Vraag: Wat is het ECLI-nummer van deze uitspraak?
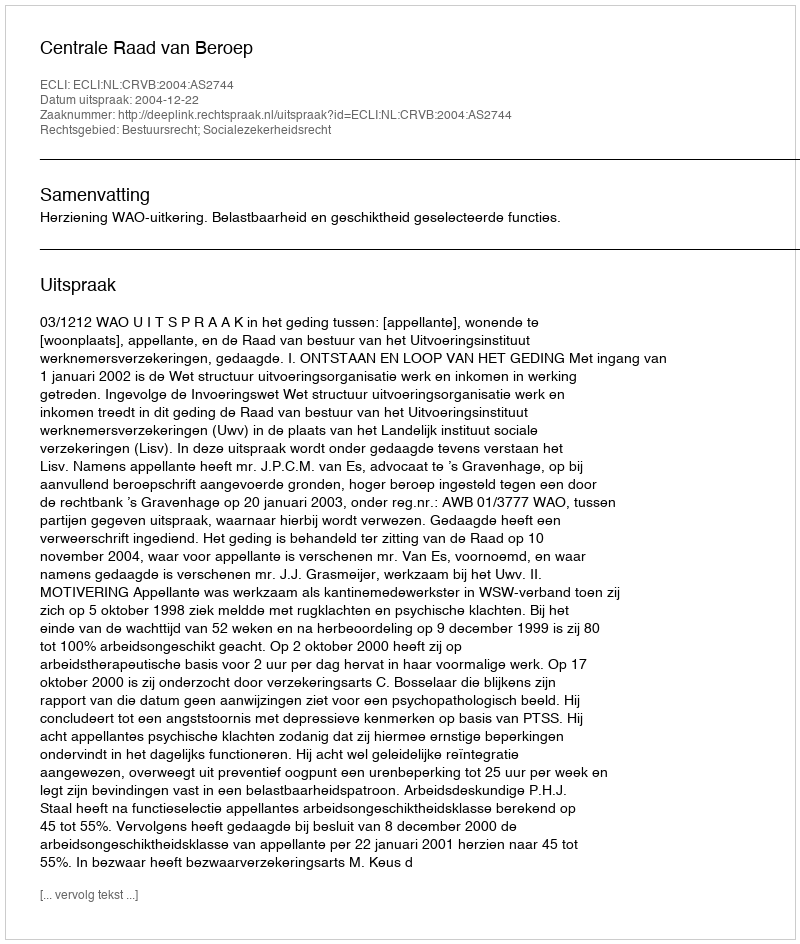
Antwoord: ECLI:NL:CRVB:2004:AS2744